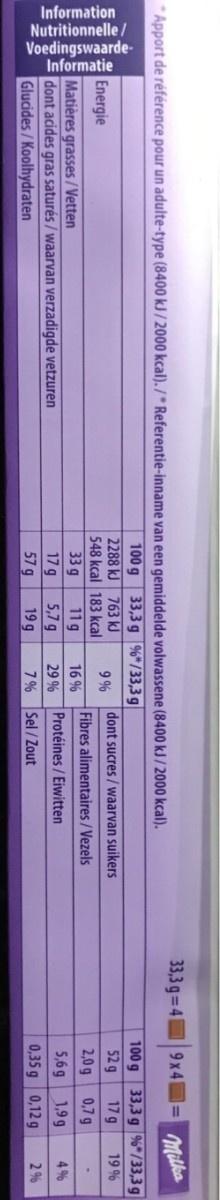
Information Nutritionnelle / Voedingswaarde-
Informatie
* Apport de référence pour un adulte-type (8400 kJ/ 2000 kcal). /* Referentie-inname van een gemiddelde volwassene (8400 kJ/2000 kcal).
33,3 g 4 9x4=
Milka
100 g 33,3 g %*/33,3 g 2288 kJ 763 kJ 548 kcal 183 kcal 11g 5,7 g
100 g 33,3 g %*/33,3 g 17g
Energie
9 %
dont sucres/ waarvan suikers
52 g
19 %
Fibres alimentaires/Vezels
2,0 g 0,7 g
Matières grasses/Vetten dont acides gras saturés / waarvan verzadigde vetzuren Glucides/Koolhydraten
33 g
16 %
17 g
29 %
Protéines/Eiwitten
5,6 g
1,9g
4%
57 g
19 g
7% Sel/Zout
0,35 g 0,12 g
2 %